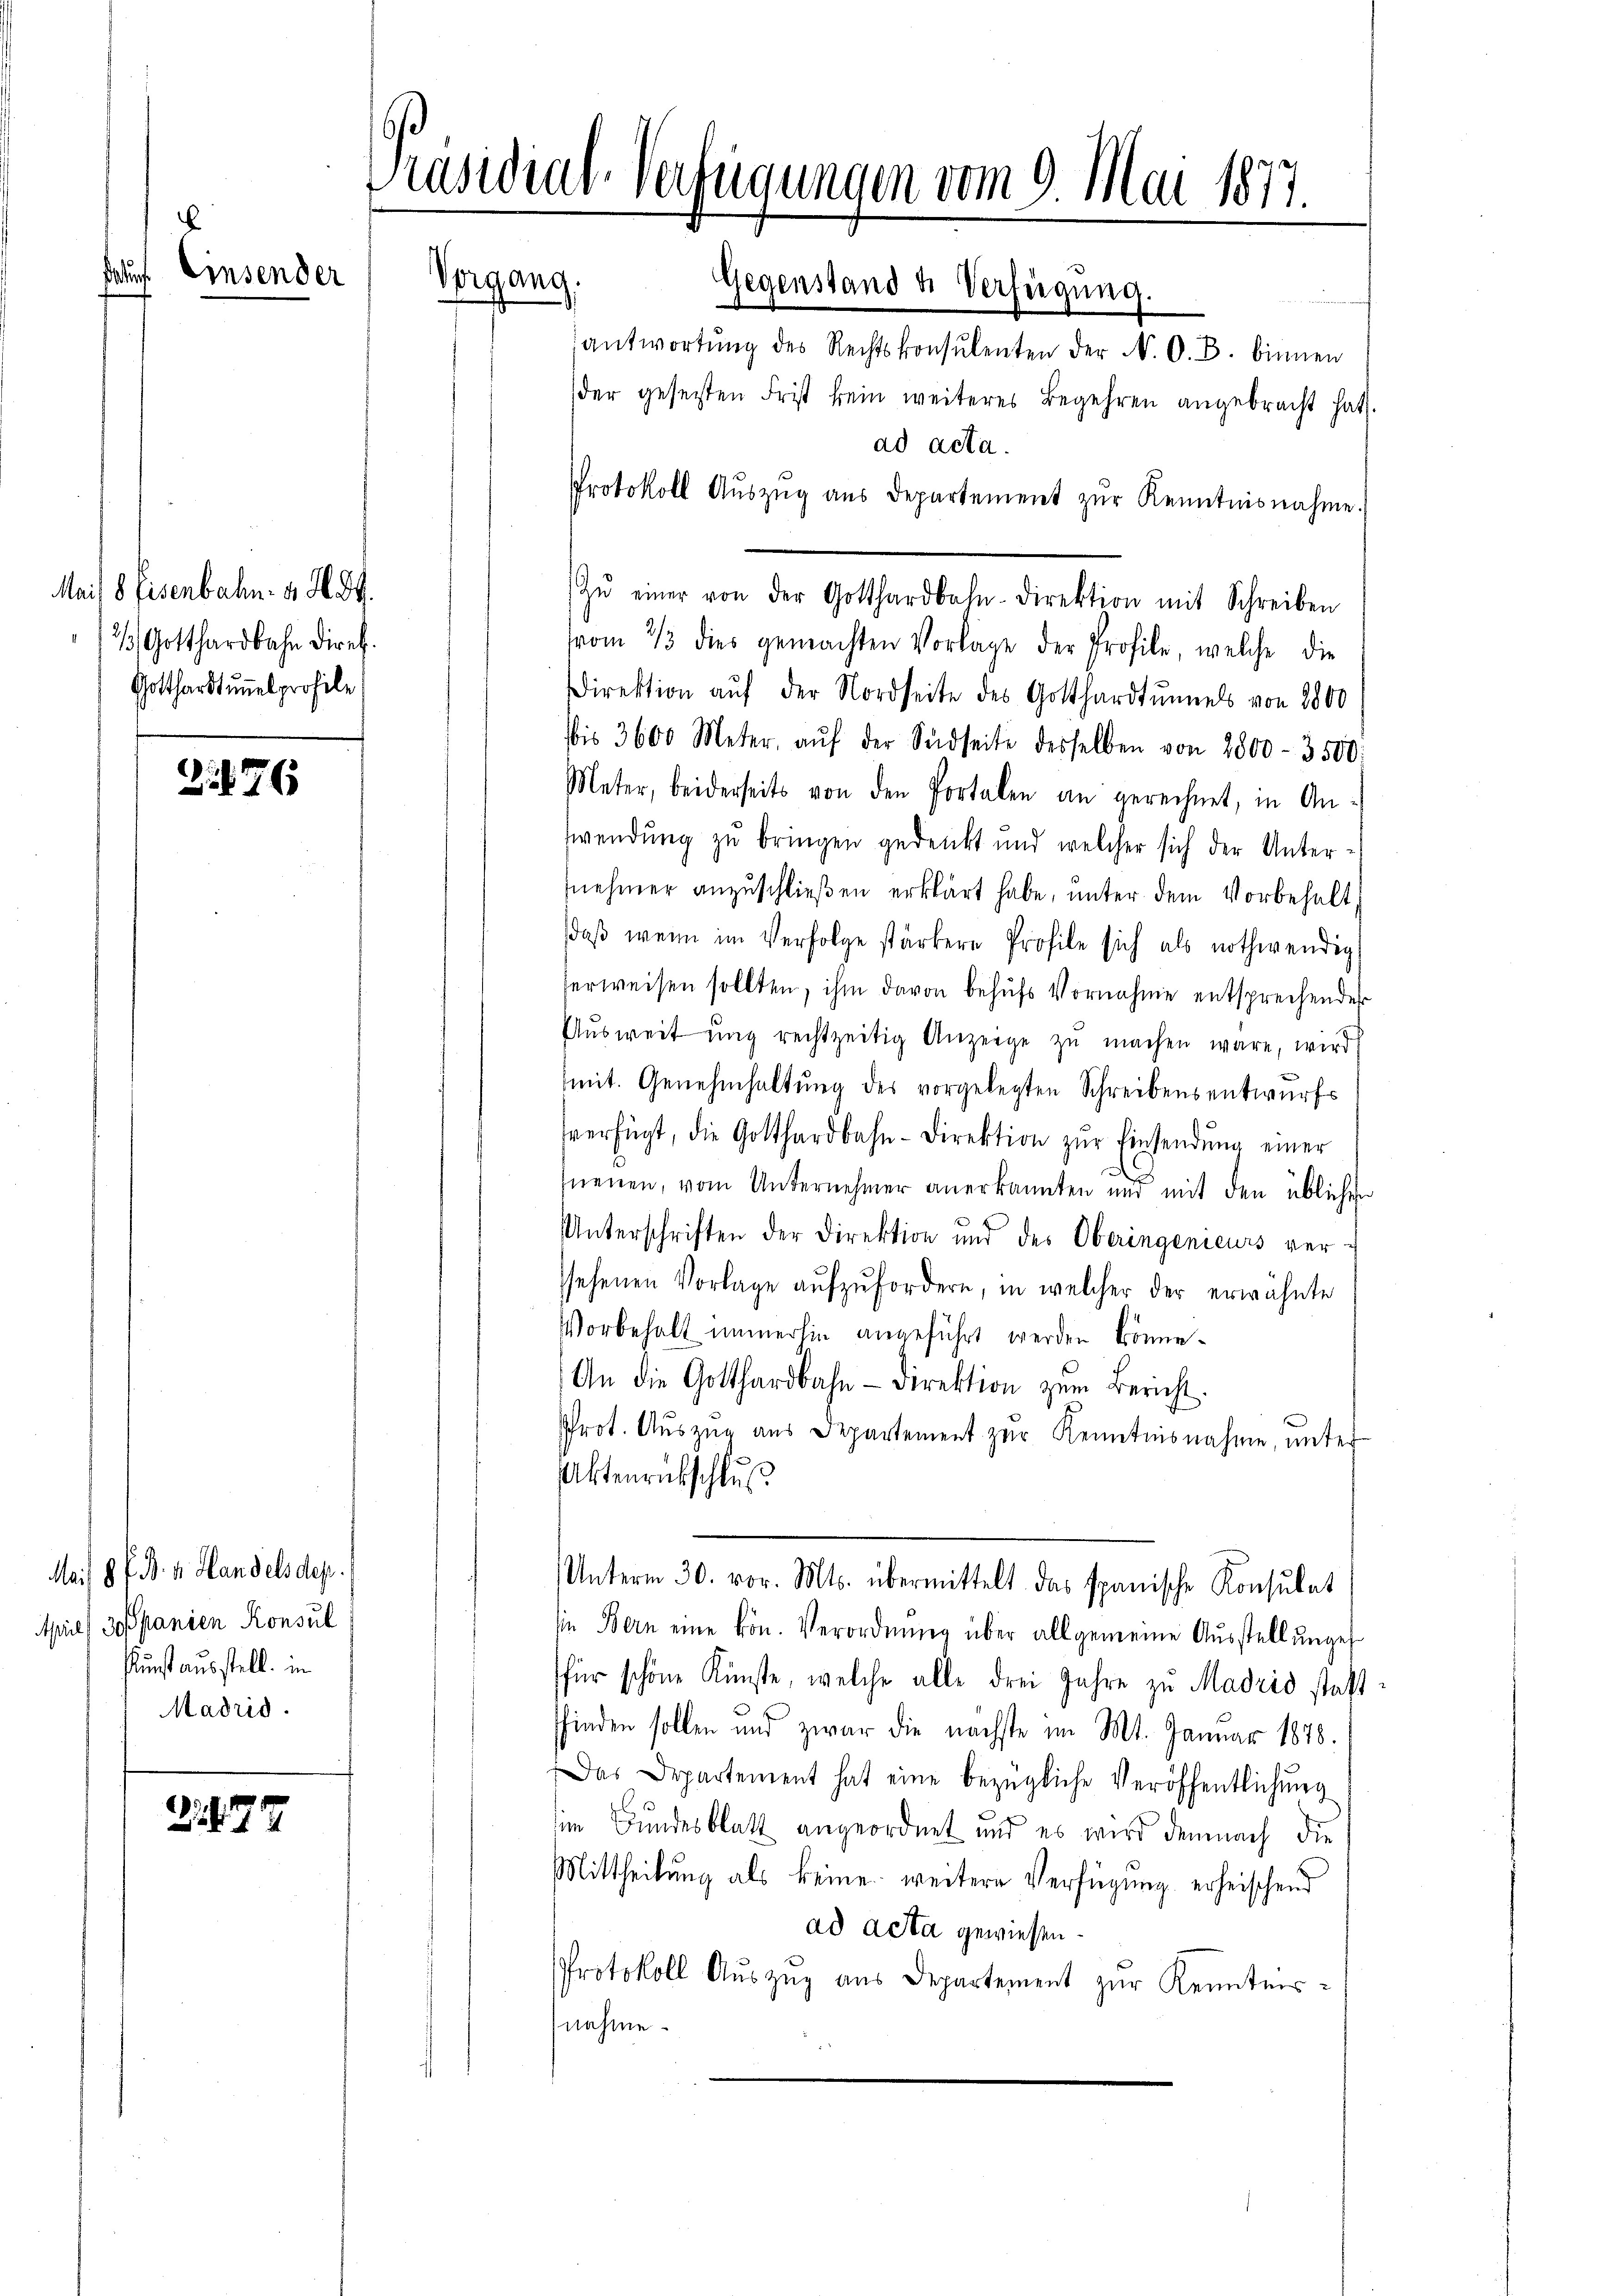
ur

.

Einsender

Mais 8 Eisenbahn. v. 284.
2/. Gotthardbahn diret.
Gotthardtunnel profile

G176

Mais 8 f. B. v. Handels des
Apil Japanien Konsul
Kunst ausstell. in
Madrid.

21477

räsidial-Verfügungen vom 9. Mai 1877.
Vorgang.
Gegenstand u. Verfügung.

antwortung des Rechtskonsulenten der N. O. B. binnen
der gesetzten Frist kein weiteres Begehren angebracht hat.
ad acta.
Protokoll Aŭszŭg ans Departement zŭr Kenntnisnahme.
vom 2/3 dies gemachten Vorlage der Profile, welche die
Direktion auf der Nordseite des Gotthardtunnels von 2800
bis 3600 Meter, aŭf der Südseite desselben von 2800 - 3500:
Meter, beiderseits von den Portalen an gerechnet, in An
wendung zu bringen gedenkt und welcher sich der Unter
nehmer anzuschließen erklärt habe, unter dem Vorbehalt
daß wenn im Verfolge stärkere Profile sich als nothwendig
erweisen sollten, ihm davon behufs Vornahme entsprechender
Aŭsweit ŭng rechtzeitig Anzeige zŭ machen wäre, wird
mit. Genehmhaltung des vorgelegten Schreibensentwurfs
verfügt, die Gotthardbahn-Direktion zŭr Einsendŭng einer
neuen, vom Unternehmer anerkannten und mit den üblichen
Unterschriften der Direktion und des Oberingenieurs ver-
ssehenen Vorlage aŭfzŭfordern, in welcher der erwähnte
Vorbehalt immerhin angeführt werden könne.
An die Gotthardbahn- Direktion zŭm Bericht.
Prot. Auszug aus Departement zur Kenntnisnahme, unter
Aktenrutschluß
Unterm 30. vor. Mts. übermittelt das spanische Konsulat
sie Bern eine kön. Verordnung über allgemeine Aŭsstellŭnges
für schöne Künste, welche alle drei Jahre zu Madrid stattsfinden sollen und zwar die nächste im Mt. Januar 1878.
Das Departement hat eine bezügliche Veröffentlichung
im Bundesblatt angeordnet und es wird demnach die
Mittheilung als keine weitere Verfügung erheischend
ad acta gewiesen.
Protokoll Auszug aus Departement zur Kenntnisnahme.

Zŭ einer von der Gotthardbahn-Direktion mit Schreiben